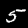
Label: 5